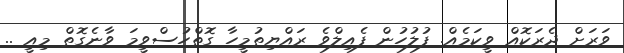
ވަރަށް ދެރަކޮއް ވީކަމެއް. ފުލުހުން ފެއިލްވެ ރައްޔިތުމީހާ ގޮތްހުސްވީމަ ވާނެގޮތް މިއީ ..